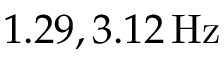
1 . 2 9 , 3 . 1 2 \, \mathrm { H z }